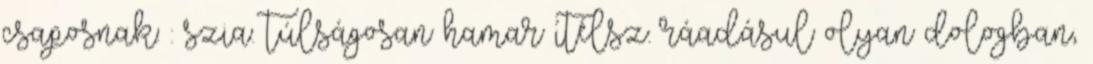
csaposnak: : szia. túlságosan hamar ítélsz. ráadásul olyan dologban,